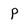
Character: P